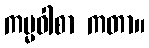
ကမ္မဝါစာ ကတာ။